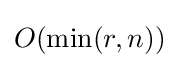
O(\min(r,n))